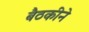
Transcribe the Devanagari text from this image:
बैठकीने